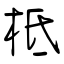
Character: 柢